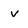
Character: v